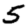
Digit: 5